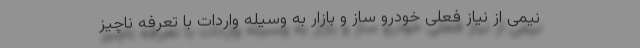
نیمی از نیاز فعلی خودرو ساز و بازار به وسیله واردات با تعرفه ناچیز